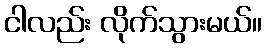
ငါလည်း လိုက်သွားမယ်။